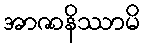
အာဇာနိဿာမိ